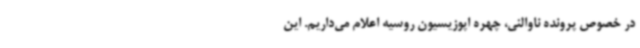
در خصوص پرونده ناوالنی، چهره اپوزیسیون روسیه اعلام می‌داریم. این